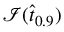
\mathcal { I } ( \hat { t } _ { 0 . 9 } )